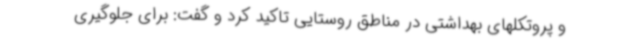
و پروتکلهای بهداشتی در مناطق روستایی تاکید کرد و گفت: برای جلوگیری